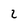
Character: 2